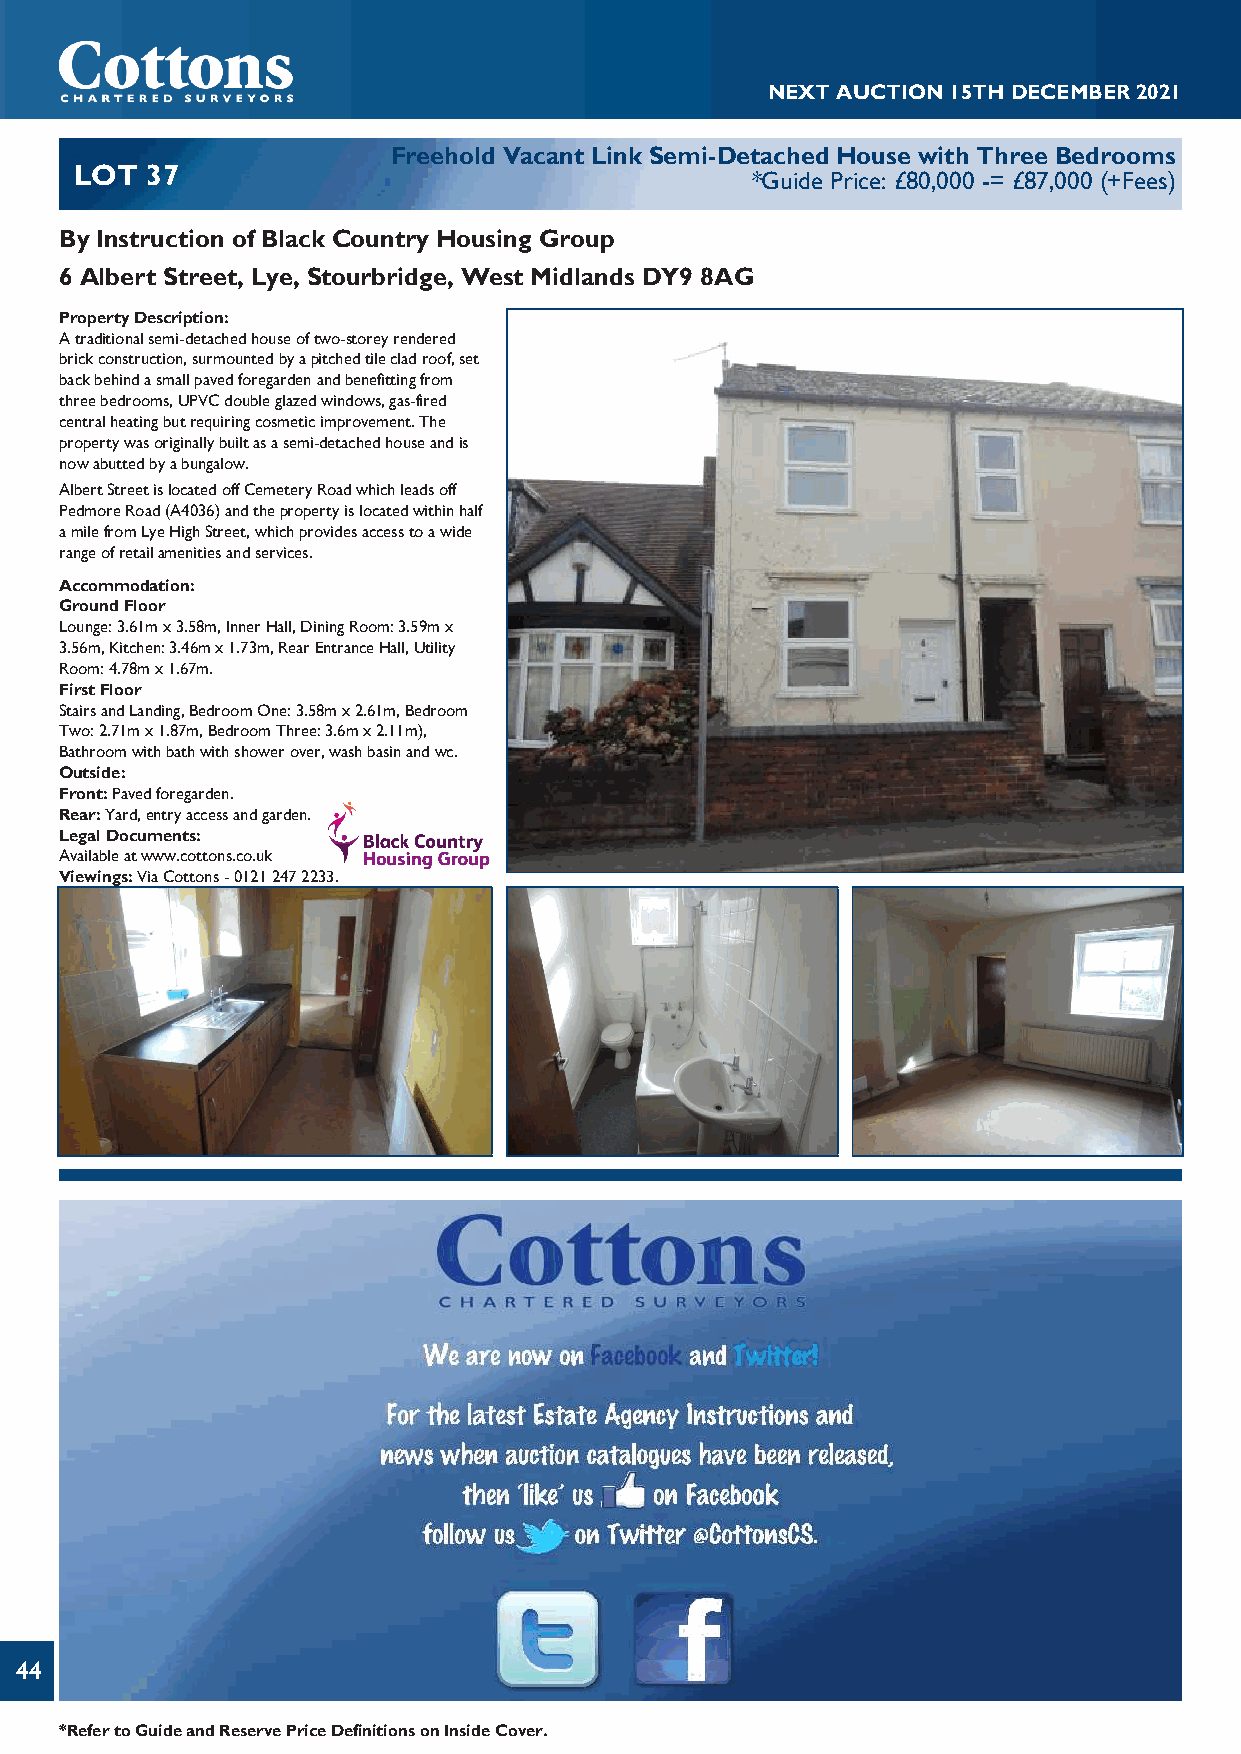
NEXTAUCTION15THDECEMBER2021
 Freehold Vacant Link Semi-Detached House with Three Bedrooms
 LOT  37
 *Guide Price: £80,000 -= £87,000 (+Fees)
 By Instruction of Black Country Housing Group
 6 Albert Street, Lye, Stourbridge, West Midlands DY9 8AG
 PropertyDescription:
 Atraditionalsemi-detachedhouseoftwo-storeyrendered
 brickconstruction,surmountedbyapitchedtilecladroof,set
 backbehindasmallpavedforegardenandbenefittingfrom
 threebedrooms,UPVCdoubleglazedwindows,gas-fired
 centralheatingbutrequiringcosmeticimprovement.The
 propertywasoriginallybuiltasasemi-detachedhouseandis
 nowabuttedbyabungalow.
 AlbertStreetislocatedoffCemeteryRoadwhichleadsoff
 PedmoreRoad(A4036)andthepropertyislocatedwithinhalf
 amilefromLyeHighStreet,whichprovidesaccesstoawide
 rangeofretailamenitiesandservices.
 Accommodation:
 GroundFloor
 Lounge:3.61mx3.58m,InnerHall,DiningRoom:3.59mx
 3.56m,Kitchen:3.46mx1.73m,RearEntranceHall,Utility
 Room:4.78mx1.67m.
 FirstFloor
 StairsandLanding,BedroomOne:3.58mx2.61m,Bedroom
 Two:2.71mx1.87m,BedroomThree:3.6mx2.11m),
 Bathroomwithbathwithshowerover,washbasinandwc.
 Outside:
 Front:Pavedforegarden.
 Rear:Yard,entryaccessandgarden.
 LegalDocuments:
 Availableatwww.cottons.co.uk
 Viewings:ViaCottons-01212472233.
 44
 *RefertoGuideandReservePriceDefinitionsonInsideCover.